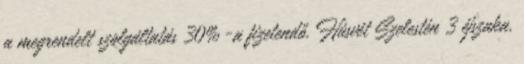
a megrendelt szolgáltatás 30%-a fizetendő. Húsvét Szelestén 3 éjszaka,